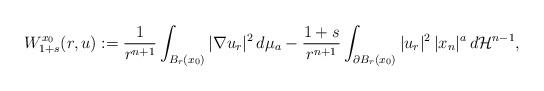
LaTeX: \begin{align*} W_{1+s}^{x_0}(r,u):=\frac{1}{r^{n+1}}\int_{B_r(x_0)}|\nabla u_r|^2\,d\mu_a -\frac{1+s}{r^{n+1}}\int_{\partial B_r(x_0)}|u_r|^2\,|x_n|^a\,d\mathcal{H}^{n-1},\end{align*}